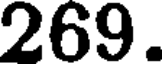
269.